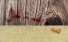
سأستقل